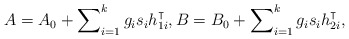
\begin{align*} A=A_0+\sum\nolimits_{i=1}^k g_is_ih_{1i}^\intercal, B=B_0+\sum\nolimits_{i=1}^k g_is_ih^\intercal_{2i},\end{align*}